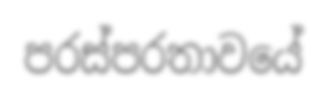
පරස්පරතාවයේ